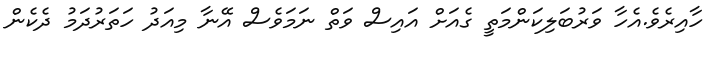
ހާއިރެވެ.އެހާ ވަރުބަލިކަަންމަތީ ގެއަށް އައިސް ވަތް ނަމަވެސް އޭނާ މިއަދު ހަތަރުދަމު ދެކެން